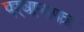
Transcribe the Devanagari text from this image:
परवानापत्र